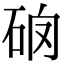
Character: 𥑩